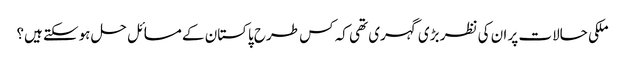
ملکی حالات پر ان کی نظر بڑی گہری تھی کہ کس طرح پاکستان کے مسائل حل ہوسکتے ہیں؟